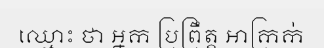
ឈ្មោះ ថា អ្នក ប្រព្រឹត្ត ឤក្រក់